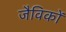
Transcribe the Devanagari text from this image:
जैविकों